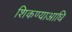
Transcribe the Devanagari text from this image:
शिकण्याआधि